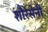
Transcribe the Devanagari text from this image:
शौरेसेनी